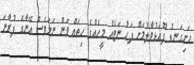
ހަށިގަނޑު ފޫއަޅުވާލުމަށް ފަހު ނަޓެއް މީހެއްގެ ހިތައް ވަން ނަމަވެސް އޭނާގެ ފުރާނަ